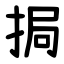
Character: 挶